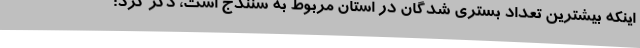
اینکه بیشترین تعداد بستری شدگان در استان مربوط به سنندج است، ذکر کرد: